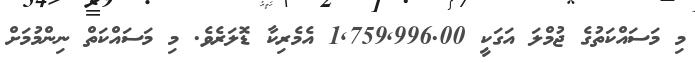
މި މަސައްކަތުގެ ޖުމްލަ އަގަކީ 1